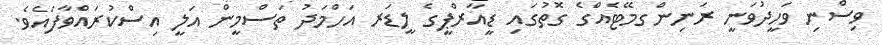
ވިސްނި ވަހީދުވަނީ ރަނިންގމޭޓެއްގެ ގޮތުގައި ޑީއާރްޕީގެ ލީޑަރ އަހްމަދު ތަސްމީން އަލީ އިސްކުރައްވާފައެވެ.